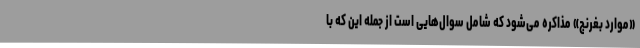
«موارد بغرنج» مذاکره می‌شود که شامل سوال‌هایی است از جمله این که با